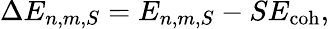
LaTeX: \Delta E_{n,m,S}=E_{n,m,S}-SE_{\mathrm{coh}},